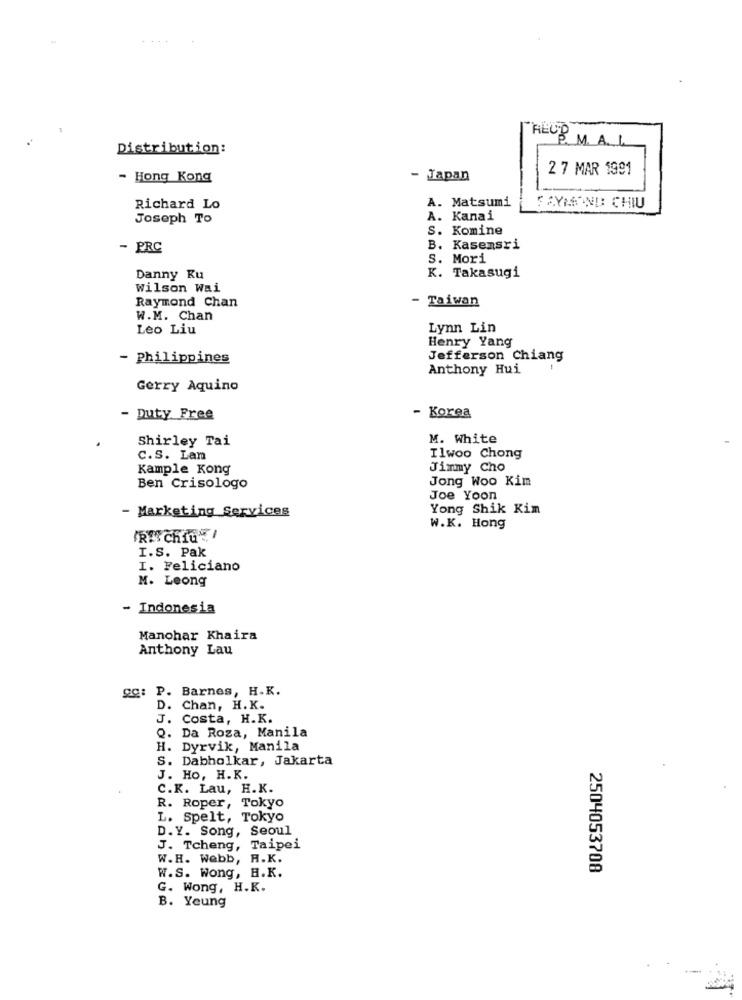
ALUD
P. M. A. L
Distribution:
2 7 MAR 1991
- Hong Kong
Japan
A. Matsumi
Richard Lo
RAYMOND CHIU
Joseph To
A. Kanai
S. Komine
- PRC
B. Kasemsri
S. Mori
Danny Ku
K. Takasugi
Wilson Wai
Raymond Chan
Taiwan
W.M. Chan
Leo Liu
Lynn Lin
Henry Yang
- Philippines
Jefferson Chiang
Anthony Hui
Gerry Aquino
- Duty Free
- Korea
Shirley Tai
M. White
C.S. Lam
Ilwoo Chong
Kample Kong
Jimmy Cho
Jong Woo Kim
Ben Crisologo
Joe Yoon
- Marketing Services
Yong Shik Kim
W.K. Hong
IREI ChIGE !
I.S. Pak
I. Feliciano
M. Leong
- Indonesia
Manohar Khaira
Anthony Lau
gg: P. Barnes, H.K.
D. Chan, H.K.
J. Costa, H.K.
Q. Da Roza, Manila
H. Dyrvik, Manila
S. Dabholkar, Jakarta
J. Ho, H.K.
C.K. Lau, H.K.
R. Roper, Tokyo
L. Spelt, Tokyo
D.Y. Song, Seoul
J. Tcheng, Taipei
W.H. Webb, A.K.
2504053708
W.S. Wong, H.K.
G. Wong, H.K.
B. Yeung